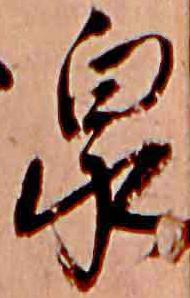
泉